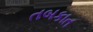
તબકાત